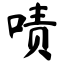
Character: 啧